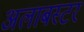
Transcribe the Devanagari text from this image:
अलाबस्टर